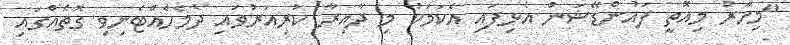
"މިހާރު މިއޮތީ ފައުންޑޭޝަން އެޅިފައި އެކަމަކު މި ދާއިރާ ކުރިއަރުވައި ދެމެހެއްޓެނިވި ގޮތެއްގައި